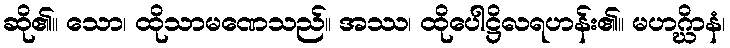
ဆို၏။ သော၊ ထိုသာမဏေသည်။ အဿ၊ ထိုပေါဋ္ဌိလရဟန်း၏။ မဟဂ္ဃိာနံ၊